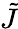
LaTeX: \tilde{J}